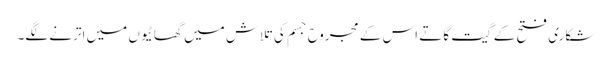
شکاری فتح کے گیت گاتے اس کے مجروح جسم کی تلاش میں گھاٹیوں میں اترنے لگے۔